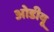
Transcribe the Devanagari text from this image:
ओडीयू